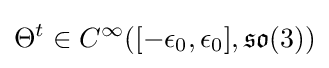
\Theta ^{t}\in C^{\infty }([-\epsilon _{0},\epsilon _{0}],{\mathfrak {so}}(3))